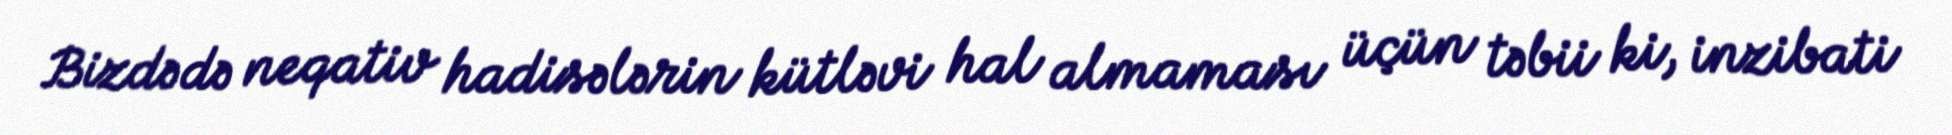
Bizdə də neqativ hadisələrin kütləvi hal almaması üçün təbii ki, inzibati